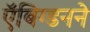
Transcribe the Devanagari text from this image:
ऍबिग्डनने